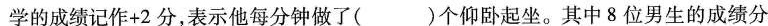
学的成绩记作+2分，表示他每分钟做了()个仰卧起坐。其中8位男生的成绩分